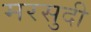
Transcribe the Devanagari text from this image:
मरसुदी